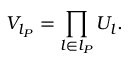
V _ { l _ { P } } = \prod _ { l \in l _ { P } } U _ { l } .